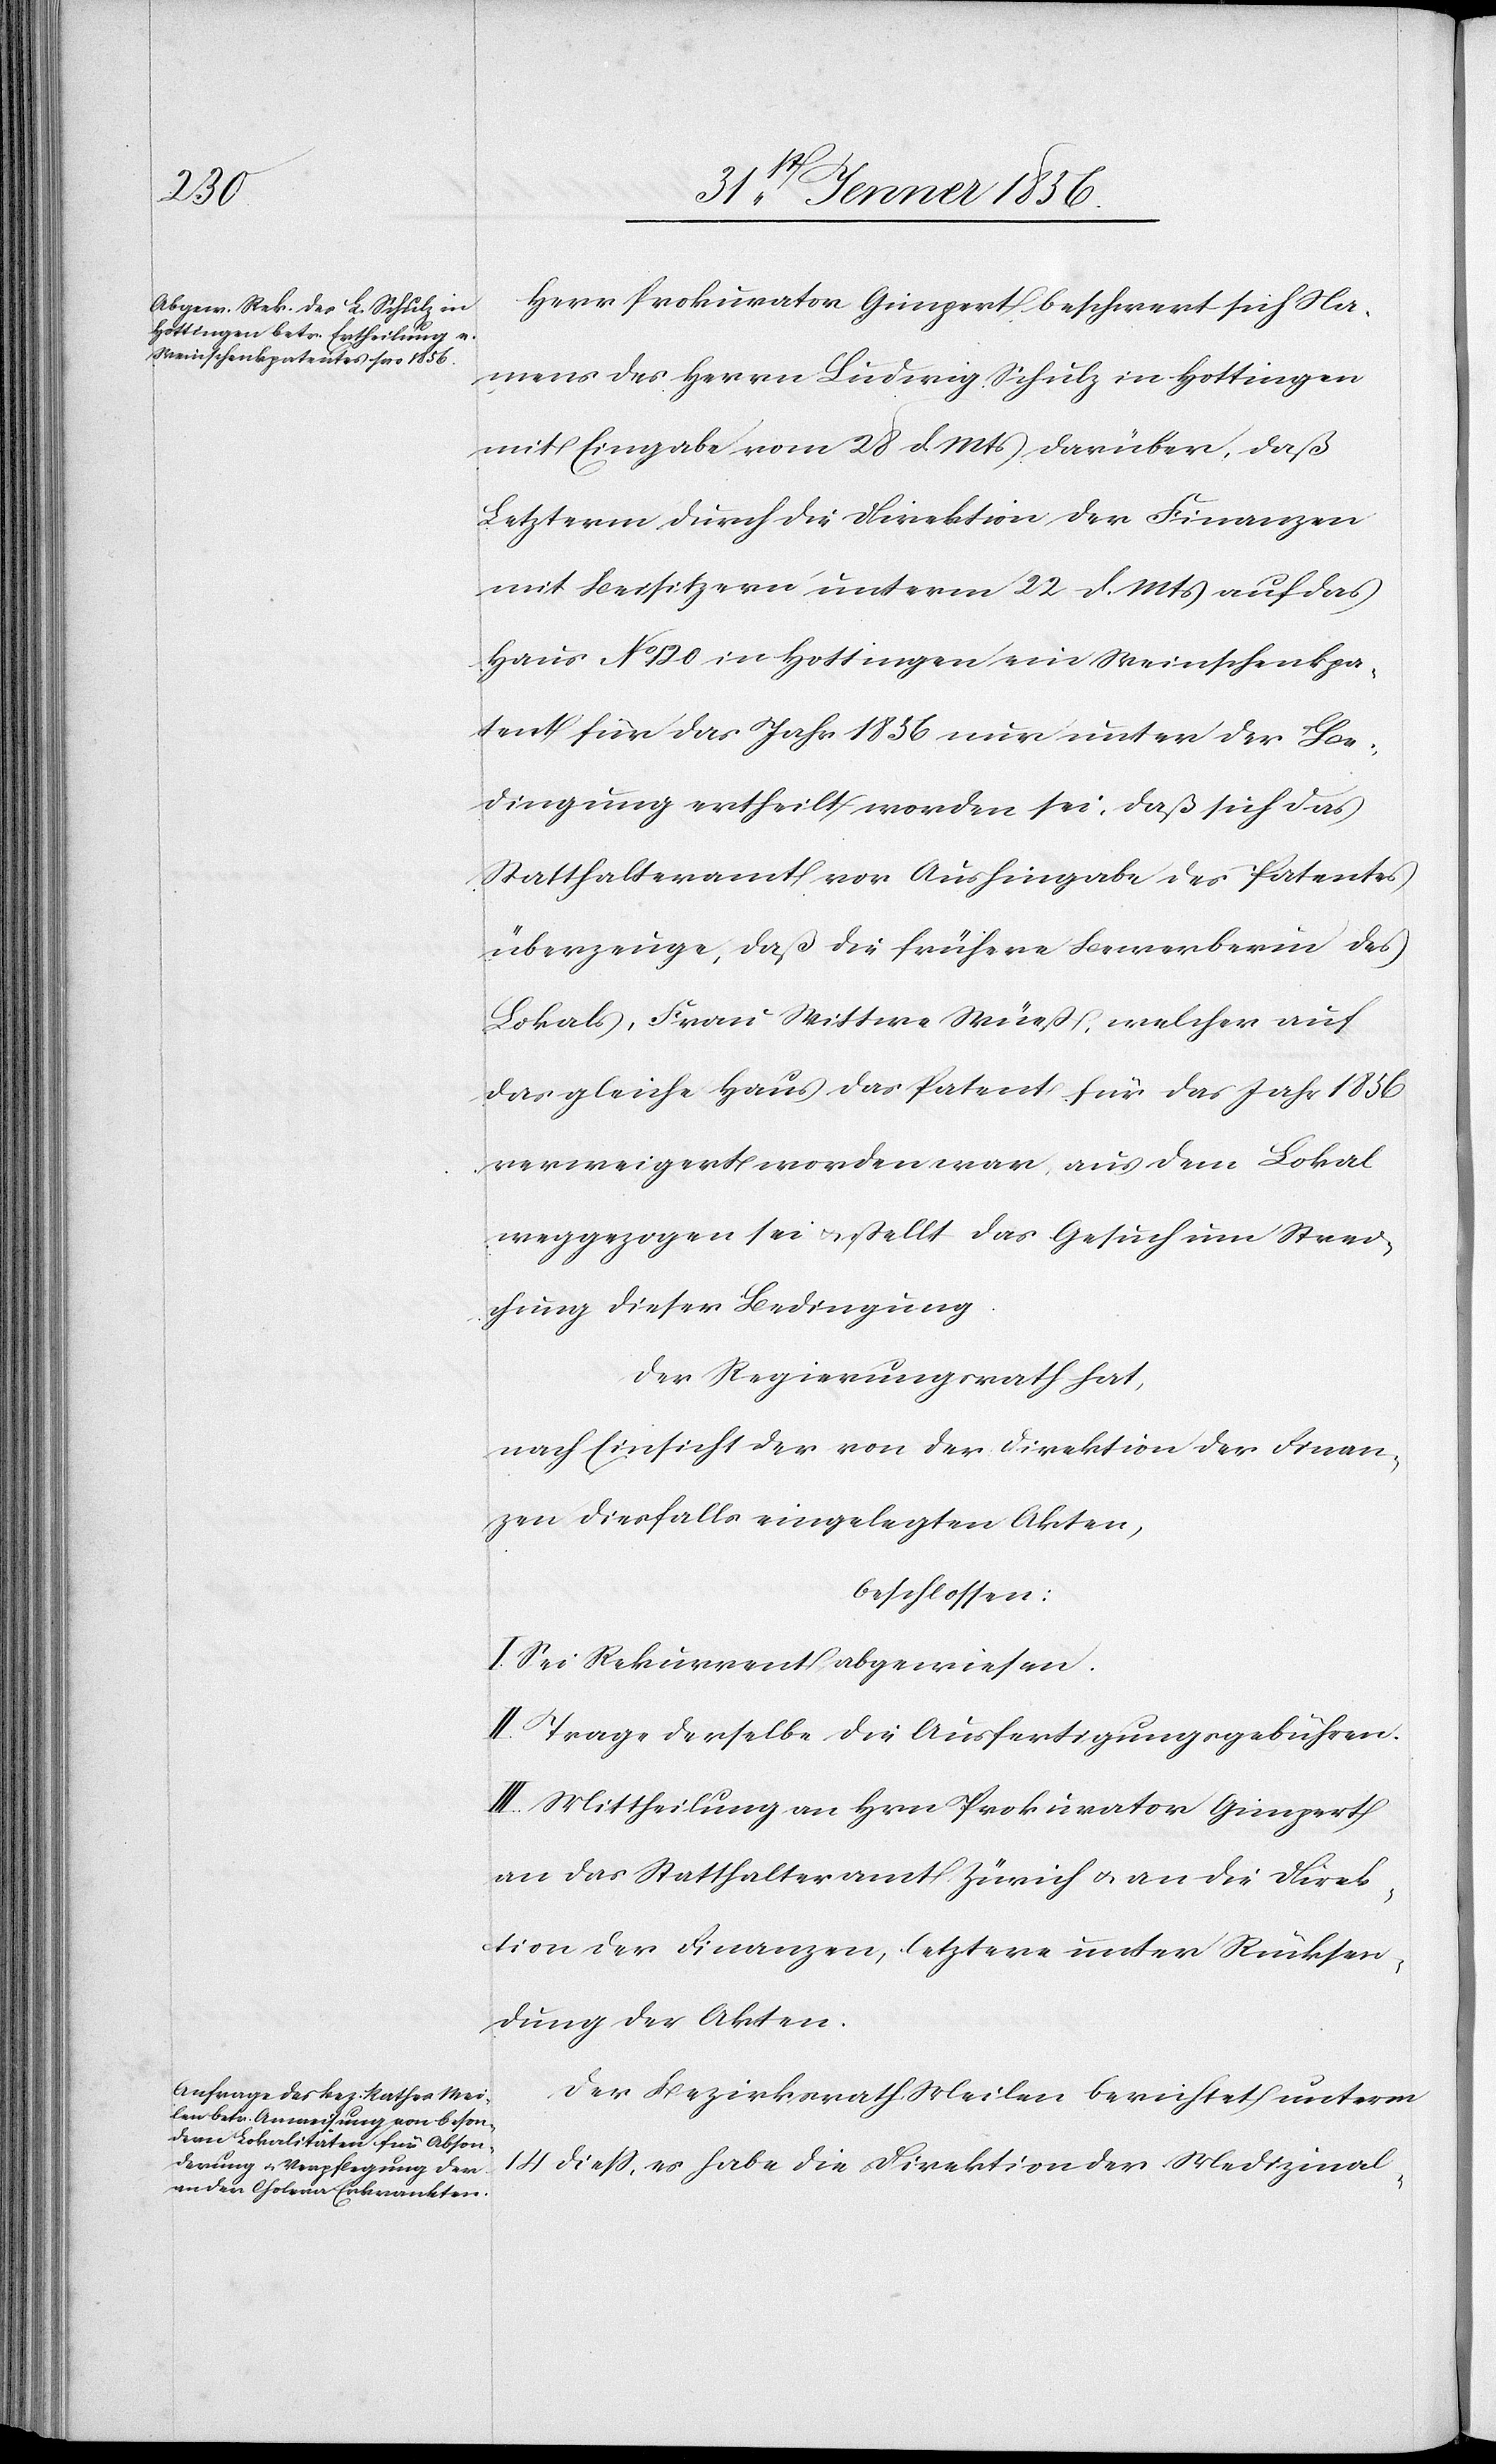
Herr Prokurator Gimpert beschwert sich Na¬
mens des Herrn Ludwig Schulz in Hottingen
mit Eingabe vom 28 d. Mts darüber, daß
Letzterm durch die Direktion der Finanzen
mit Beisitzern unterm 22 d. Mts auf das
Haus No 120 in Hottingen ein Weinschenkpa¬
tent für das Jahr 1856 nur unter der Be¬
dingung ertheilt worden sei, daß sich das
Statthalteramt vor Aushingabe des Patentes
überzeuge, daß die frühere Bewerberin des
Lokals, Frau Wittwe Wüeß, welcher auf
das gleiche Haus das Patent für das Jahr 1856
verweigert worden war, aus dem Lokal
weggezogen sei u. stellt das Gesuch um Strei¬
chung dieser Bedingung.
Der Regierungsrath hat,
nach Einsicht der von der Direktion der Finan¬
zen diesfalls eingelegten Akten,
beschlossen:
I. Sei Rekurrent abgewiesen.
II. Trage derselbe die Ausfertigungsgebühren.
III. Mittheilung an Hrn Prokurator Gimpert
an das Statthalteramt Zürich u. an die Direk¬
tion der Finanzen, letztere unter Rücksen¬
dung der Akten.
Der Bezirksrath Meilen berichtet unterm
14 dieß, es habe die Direktion der Medizinal-